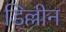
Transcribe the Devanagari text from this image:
डिल्लीन